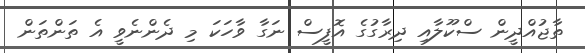
ތާޖުއްދީން ސްކޫލާއި ދިރާގުގެ އޮފީސް ނަގާ ވާހަކަ މި ދެންނެވީ އެ ތަންތަން